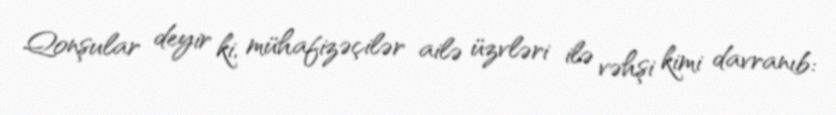
Qonşular deyir ki, mühafizəçilər ailə üzvləri ilə vəhşi kimi davranıb: